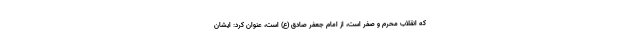
که انقلاب محرم و صفر است، از امام جعفر صادق (ع) است، عنوان کرد: ایشان